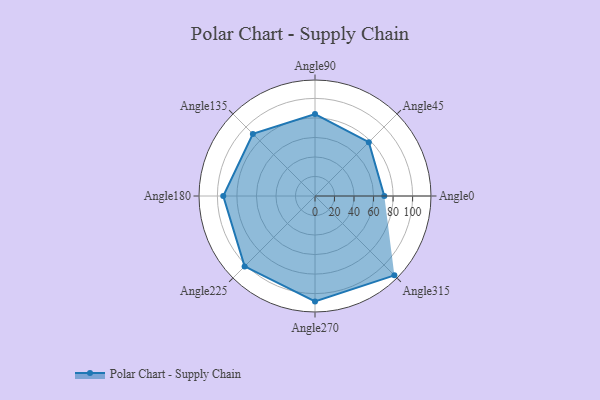
{"axis": {"x": "Angle", "y": "Radius"}, "legend": [""], "data": [{"x": "Angle0", "y": 71.0, "type": ""}, {"x": "Angle45", "y": 78.0, "type": ""}, {"x": "Angle90", "y": 84.0, "type": ""}, {"x": "Angle135", "y": 90.0, "type": ""}, {"x": "Angle180", "y": 94.0, "type": ""}, {"x": "Angle225", "y": 102.0, "type": ""}, {"x": "Angle270", "y": 108.0, "type": ""}, {"x": "Angle315", "y": 115.0, "type": ""}]}